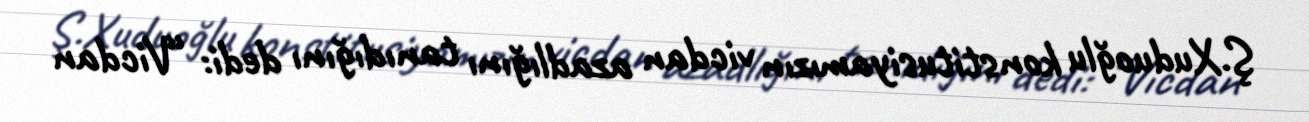
Ş.Xuduoğlu konstitusiyamızın vicdan azadlığını tanıdığını dedi: “Vicdan